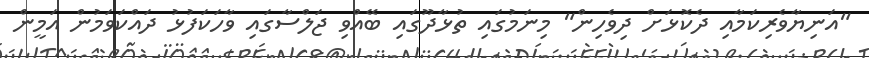
"އަނިޔާވެރިކަމާއި ދެކޮޅަށް ދިވެހިން" މިނަމުގައި ތުޅާދޫގައި ބޭއްވި ޖަލްސާގައި ވާހަކަފުޅު ދައްކަވަމުން އަމީން